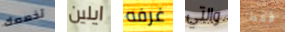
تخصصك ايلين غرفه والتي فقط